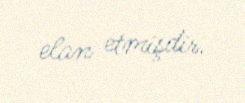
elan etmişdir.